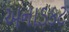
અનાડકટ